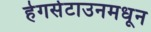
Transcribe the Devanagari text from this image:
हेगर्सटाउनमधून